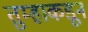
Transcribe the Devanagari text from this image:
तुम्हाकडून